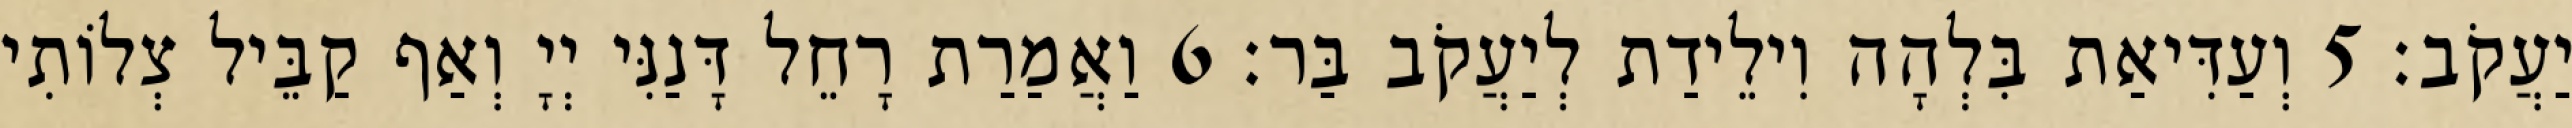
יַעֲקֹב׃ 5 וְעַדִּיאַת בִּלְהָה וִילֵידַת לְיַעֲקֹב בַּר׃ 6 וַאֲמַרַת רָחֵל דָּנַנִּי יְיָ וְאַף קַבֵּיל צְלוֹתִי